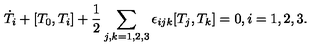
\dot { T } _ { i } + [ T _ { 0 } , T _ { i } ] + \frac { 1 } { 2 } \sum _ { j , k = 1 , 2 , 3 } \epsilon _ { i j k } [ T _ { j } , T _ { k } ] = 0 , i = 1 , 2 , 3 .